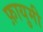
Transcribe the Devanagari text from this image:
फ़ायुमी